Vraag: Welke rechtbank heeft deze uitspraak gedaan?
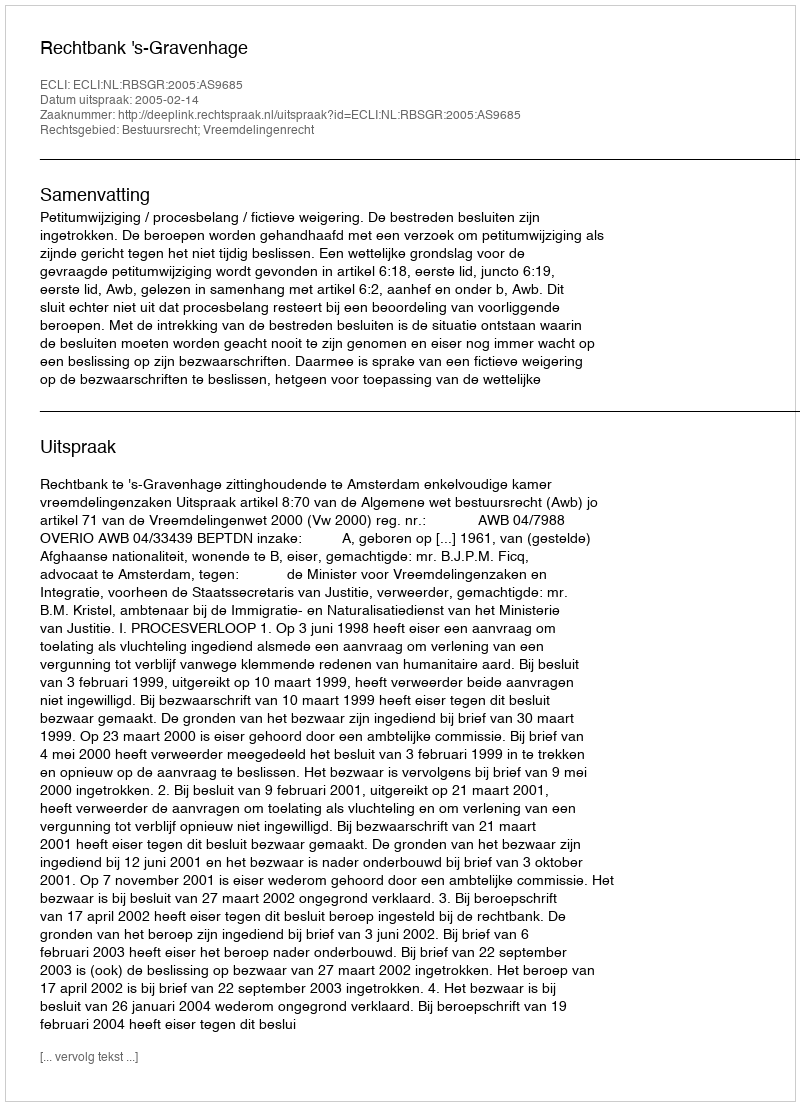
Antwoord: Rechtbank 's-Gravenhage